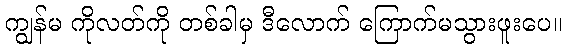
ကျွန်မ ကိုလတ်ကို တစ်ခါမှ ဒီလောက် ကြောက်မသွားဖူးပေ။